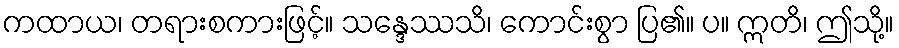
ကထာယ၊ တရားစကားဖြင့်။ သန္ဒေဿသိ၊ ကောင်းစွာ ပြ၏။ ပ။ ဣတိ၊ ဤသို့။